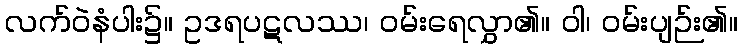
လက်ဝဲနံပါး၌။ ဥဒရပဋလဿ၊ ဝမ်းရေလွှာ၏။ ဝါ၊ ဝမ်းပျဉ်း၏။